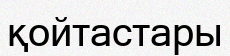
қойтастары